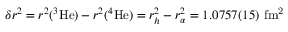
\delta r ^ { 2 } = r ^ { 2 } ( ^ { 3 } \mathrm { H e } ) - r ^ { 2 } ( ^ { 4 } \mathrm { H e } ) = r _ { h } ^ { 2 } - r _ { \alpha } ^ { 2 } = 1 . 0 7 5 7 ( 1 5 ) \ \mathrm { f m ^ { 2 } }